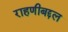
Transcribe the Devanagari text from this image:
राहणीबद्दल